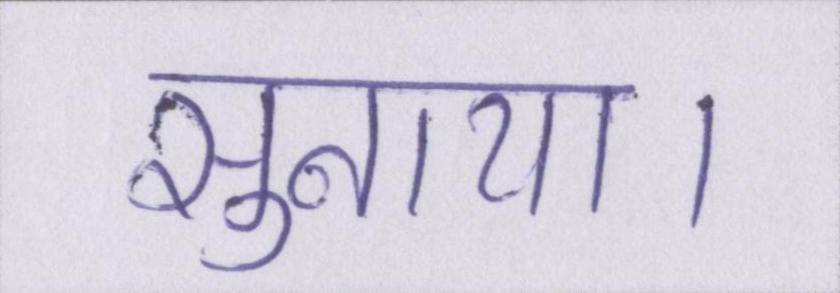
सुनाया।